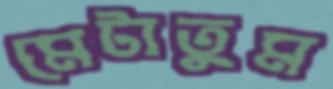
মেটাতুম